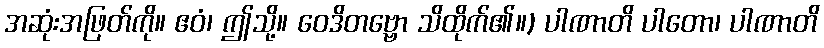
အဆုံးအဖြတ်ကို။ ဧဝံ၊ ဤသို့။ ဝေဒိတဗ္ဗော သိထိုက်၏။) ပါဏာတိ ပါတော၊ ပါဏာတိ